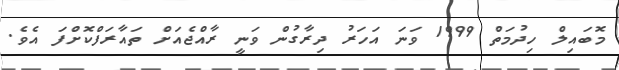
މޮބައިލް ހިދުމަތް 1999 ވަނަ އަހަރު ދިރާގުން ވަނީ ރާއްޖެއަށް ތައާރަފްކޮށްފަ އެވެ.